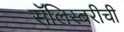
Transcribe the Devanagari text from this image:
सॅलिस्बरीची